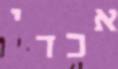
אכדי